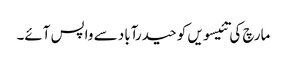
مارچ کی تئیسویں کو حیدرآباد سے واپس آئے۔